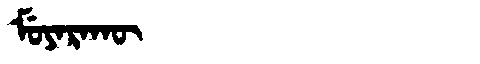
Manchu: ᠮᡠᠶᠠᡵᠠᡴᡡ
Romanization: MUYARAKŪ